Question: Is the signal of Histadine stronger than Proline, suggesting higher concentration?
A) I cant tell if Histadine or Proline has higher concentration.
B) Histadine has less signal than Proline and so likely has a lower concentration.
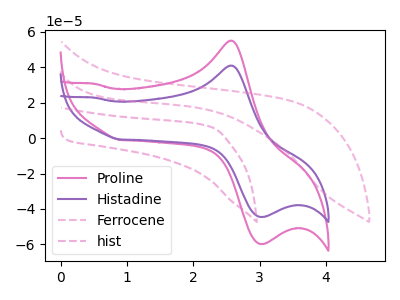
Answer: <think>The pink curve "Proline" has an anodic peak at (2.55V, 55.05uA) and a cathodic peak at (3.00V, -59.75uA). The purple curve "Histadine" has an anodic peak at (2.55V, 41.00uA) and a cathodic peak at (3.00V, -44.50uA). The pink dashed curve "Ferrocene" has no peaks. The pink dashed curve "hist" has no peaks.
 All the peaks in "Histadine" have a peak in "Proline" at the same potential. Every peak in "Histadine" is lower than every peak in "Proline".</think>
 <answer>B) "Histadine" has less signal than "Proline" and so likely has a lower concentration.</answer>
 <eval>B</eval>